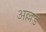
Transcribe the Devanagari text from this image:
अल्लड